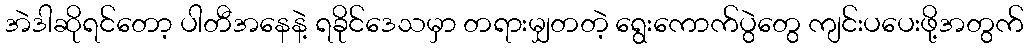
အဲဒါဆိုရင်တော့ ပါတီအနေနဲ့ ရခိုင်ဒေသမှာ တရားမျှတတဲ့ ရွေးကောက်ပွဲတွေ ကျင်းပပေးဖို့အတွက်